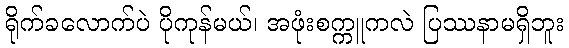
ရိုက်ခလောက်ပဲ ပိုကုန်မယ်၊ အဖုံးစက္ကူကလဲ ပြဿနာမရှိဘူး